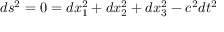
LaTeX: d s ^ { 2 } = 0 = d x _ { 1 } ^ { 2 } + d x _ { 2 } ^ { 2 } + d x _ { 3 } ^ { 2 } - c ^ { 2 } d t ^ { 2 }